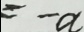
= - a